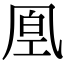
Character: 𠙔